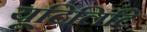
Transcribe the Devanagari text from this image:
यूटिलिटि